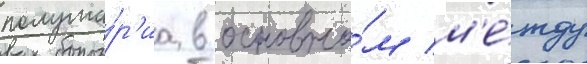
полуша́р'иа в основно́м м'е́жду